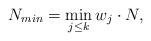
LaTeX: \begin{align*}N_{min} = \min_{j \leq k} w_j \cdot N,\end{align*}